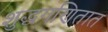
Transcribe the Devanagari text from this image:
शुद्धगणितात